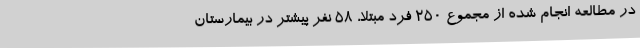
در مطالعه انجام شده از مجموع ۲۵۰ فرد مبتلا، ۵۸ نفر پیشتر در بیمارستان